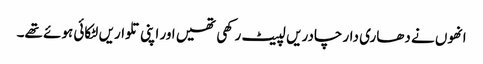
انھوں نے دھاری دار چادریں لپیٹ رکھی تھیں اور اپنی تلواریں لٹکائی ہوئے تھے۔